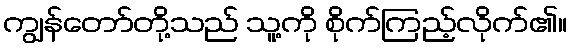
ကျွန်တော်တို့သည် သူ့ကို စိုက်ကြည့်လိုက်၏။